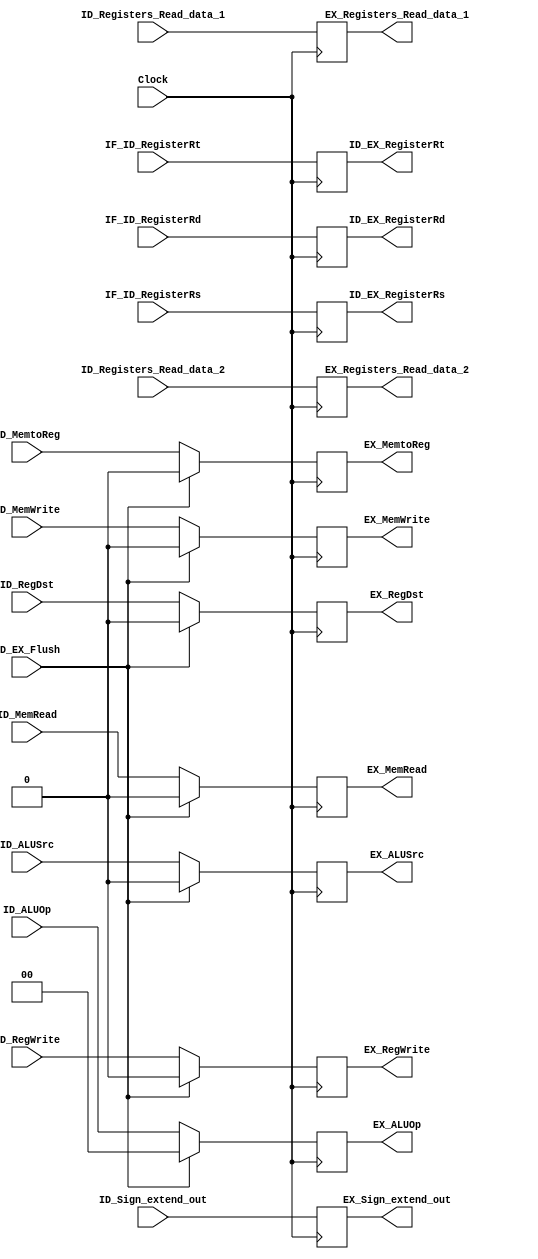
module ID_EX(EX_RegDst, EX_MemRead, EX_MemtoReg, EX_ALUOp, EX_MemWrite, EX_ALUSrc, 
            EX_RegWrite, EX_Registers_Read_data_1, EX_Registers_Read_data_2, 
            EX_Sign_extend_out, ID_EX_RegisterRs, ID_EX_RegisterRt, ID_EX_RegisterRd, 
            Clock, ID_EX_Flush, ID_RegDst, ID_MemRead, ID_MemtoReg, ID_ALUOp, 
            ID_MemWrite, ID_ALUSrc, ID_RegWrite, ID_Registers_Read_data_1, 
            ID_Registers_Read_data_2, ID_Sign_extend_out, IF_ID_RegisterRs, IF_ID_RegisterRt, IF_ID_RegisterRd);
    parameter sel = 2;      // sel means the width of ALUOp
    parameter rwidth = 5;   // rwidth means the width of the a register number
    parameter word = 32;
    input                       Clock, ID_EX_Flush,         ID_RegDst,                  ID_MemRead,         ID_MemtoReg,    ID_MemWrite,    ID_ALUSrc,  ID_RegWrite;
    input   [sel - 1:0]         ID_ALUOp;
    input   [rwidth - 1:0]      IF_ID_RegisterRs,           IF_ID_RegisterRt,           IF_ID_RegisterRd;
    input   [word - 1:0]        ID_Registers_Read_data_1,   ID_Registers_Read_data_2,   ID_Sign_extend_out;
    output                      EX_RegDst,                  EX_MemRead, EX_MemtoReg,    EX_MemWrite,        EX_ALUSrc,      EX_RegWrite;
    output  [sel - 1:0]         EX_ALUOp;
    output  [rwidth - 1:0]      ID_EX_RegisterRs,           ID_EX_RegisterRt,           ID_EX_RegisterRd;
    output  [word - 1:0]        EX_Registers_Read_data_1,   EX_Registers_Read_data_2,   EX_Sign_extend_out;
    reg                         EX_RegDst,                  EX_MemRead, EX_MemtoReg,    EX_MemWrite,        EX_ALUSrc,      EX_RegWrite;
    reg     [sel - 1:0]         EX_ALUOp;
    reg     [rwidth - 1:0]      ID_EX_RegisterRs,           ID_EX_RegisterRt,           ID_EX_RegisterRd;
    reg     [word - 1:0]        EX_Registers_Read_data_1,   EX_Registers_Read_data_2,   EX_Sign_extend_out;

    initial begin
        EX_RegDst   <= 0;
        EX_MemRead  <= 0;
        EX_MemtoReg <= 0;
        EX_ALUOp    <= 0;
        EX_MemWrite <= 0;
        EX_ALUSrc   <= 0;
        EX_RegWrite <= 0;
        EX_Registers_Read_data_1    <= 0;
        EX_Registers_Read_data_2    <= 0;
        EX_Sign_extend_out          <= 0;
        ID_EX_RegisterRs            <= 0;
        ID_EX_RegisterRt            <= 0;
        ID_EX_RegisterRd            <= 0;
    end

    always @ (posedge Clock) begin
        if (ID_EX_Flush == 1'b1) begin
            EX_RegDst   <= 0;
            EX_MemRead  <= 0;
            EX_MemtoReg <= 0;
            EX_ALUOp    <= 0;
            EX_MemWrite <= 0;
            EX_ALUSrc   <= 0;
            EX_RegWrite <= 0;
        end
        else begin
            EX_RegDst   <= ID_RegDst;
            EX_MemRead  <= ID_MemRead;
            EX_MemtoReg <= ID_MemtoReg;
            EX_ALUOp    <= ID_ALUOp;
            EX_MemWrite <= ID_MemWrite;
            EX_ALUSrc   <= ID_ALUSrc;
            EX_RegWrite <= ID_RegWrite;
        end
        EX_Registers_Read_data_1    <= ID_Registers_Read_data_1;
        EX_Registers_Read_data_2    <= ID_Registers_Read_data_2;
        EX_Sign_extend_out          <= ID_Sign_extend_out;
        ID_EX_RegisterRs            <= IF_ID_RegisterRs;
        ID_EX_RegisterRt            <= IF_ID_RegisterRt;
        ID_EX_RegisterRd            <= IF_ID_RegisterRd;
    end
endmodule